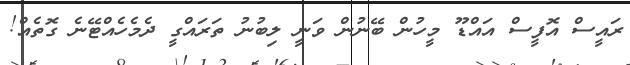
ރައީސް އޮފީސް އައްޑޫ މީހުން ބޭނުން ވަނީ ލިބުނު ތަރައްގީ ދެމެހެއްޓޭނެ ގޮތެއް!